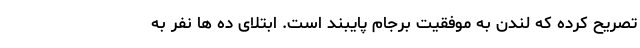
تصریح کرده که لندن به موفقیت برجام پایبند است. ابتلای ده ها نفر به